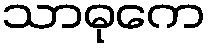
သာဓုကေ